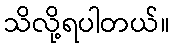
သိလို့ရပါတယ်။